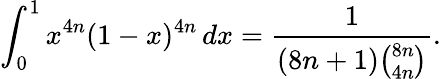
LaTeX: \int_{0}^{1}x^{4n}(1-x)^{4n}\, dx={\frac{1}{(8n+1){\binom{8n}{4n}}}}.